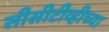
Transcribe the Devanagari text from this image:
सीसीटीव्हीच्या